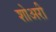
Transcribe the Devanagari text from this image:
शोअरी